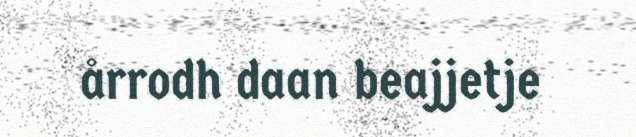
årrodh daan beajjetje